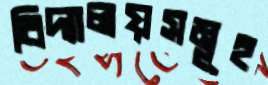
বিদ্যালয়সমূহ